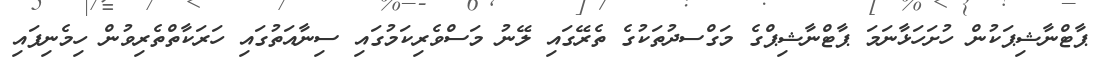
ޕާޓްނާޝިޕަކުން ހުށަހަޅާނަމަ ޕާޓްނާޝިޕްގެ މަގްސދުތަކުގެ ތެރޭގައި ލޭނު މަސްވެރިކަމުގައި ސިނާއަތުގައި ހަރަކާތްތެރިވުން ހިމެނިފައި